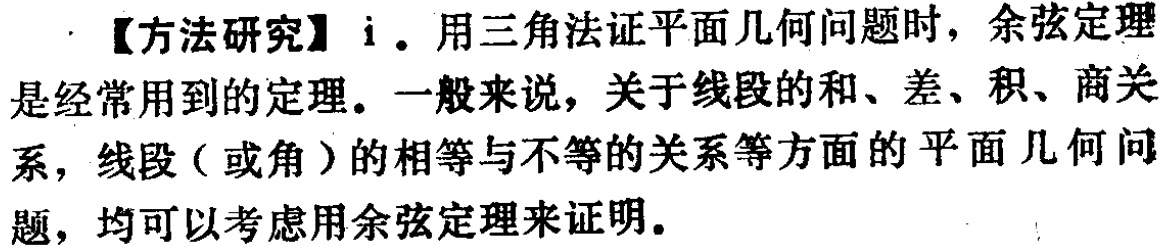
【方法研究】i. 用三角法证平面几何问题时，余弦定理是经常用到的定理。一般来说，关于线段的和、差、积、商关系，线段（或角）的相等与不等的关系等方面的平面几何问题，均可以考虑用余弦定理来证明。